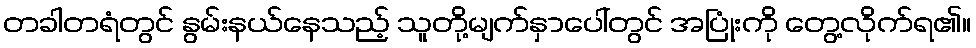
တခါတရံတွင် နွမ်းနယ်နေသည့် သူတို့မျက်နှာပေါ်တွင် အပြုံးကို တွေ့လိုက်ရ၏။